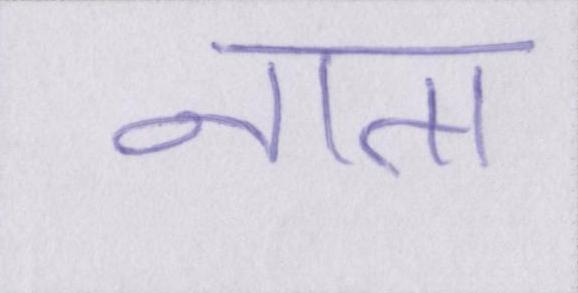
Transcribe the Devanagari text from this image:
नाता